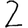
Digit: 2